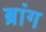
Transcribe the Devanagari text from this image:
ब्रांग